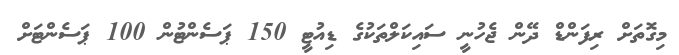
މިގޮތަށް ރިފަންޑް ދޭން ޖެހުނީ ސައިކަލްތަކުގެ ޑިއުޓީ 150 ޕަސެންޓުން 100 ޕަސެންޓަށް